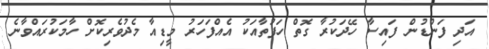
އަދި ފަންޑުން ފައިސާ ހޭދަކުރާ ގޮތް ހަފުތާއަކު އެއްފަހަރު މީޑިއާ މެދުވެރިކޮށް ހާމަކުރައްވާނެ